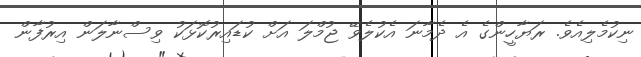
ނިކުމެލިއެވެ. ރަޔާހީންގެ އެ ދެމާނަ އެކުލެވޭ ޖުމްލަ އަށް ކުޑައިރުކޮޅަކު ވިސްނާލަން އިރުފާން